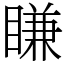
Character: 䁠